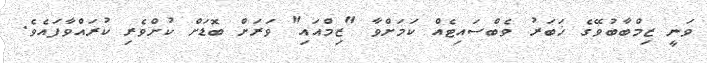
ވަނީ ޒިމްބާބުވޭގެ ޚަބަރު ވެބްސައިޓެއް ކަމަށްވާ "ޒިމްއައި" ވަރަށް ބޮޑަށް ކުށްވެރި ކުރައްވާފައެވެ.